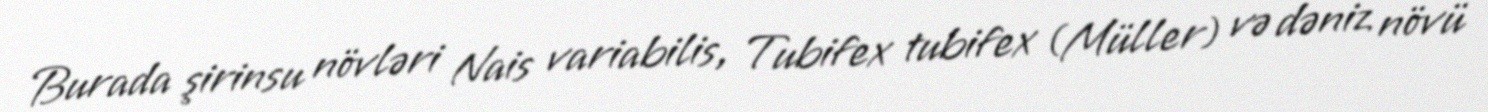
Burada şirinsu növləri Nais variabilis, Tubifex tubifex (Müller) və dəniz növü